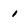
Character: 1